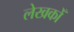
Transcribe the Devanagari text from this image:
लेखकोँ